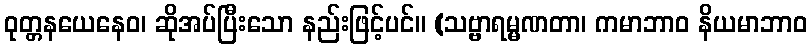
ဝုတ္တနယေနေဝ၊ ဆိုအပ်ပြီးသော နည်းဖြင့်ပင်။ (သဗ္ဗာရမ္မဏတာ၊ ကမာဘာဝ နိယမာဘာဝ